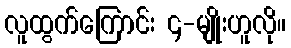
လူထွက်ကြောင်း ၄-မျိုးဟူလို။